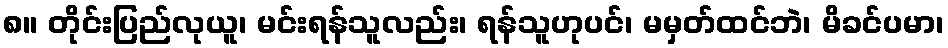
၈။ တိုင်းပြည်လုယူ၊ မင်းရန်သူလည်း၊ ရန်သူဟုပင်၊ မမှတ်ထင်ဘဲ၊ မိခင်ပမာ၊